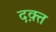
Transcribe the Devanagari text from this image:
दक़्त